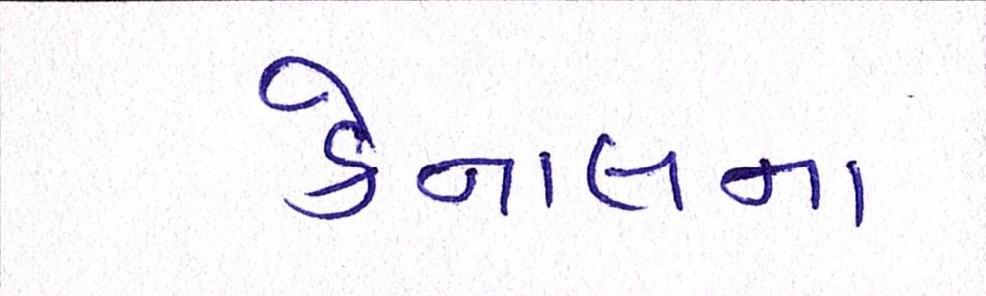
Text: કેનાલના